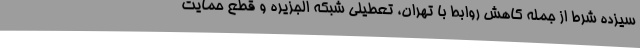
سیزده شرط از جمله کاهش روابط با تهران، تعطیلی شبکه الجزیره و قطع حمایت